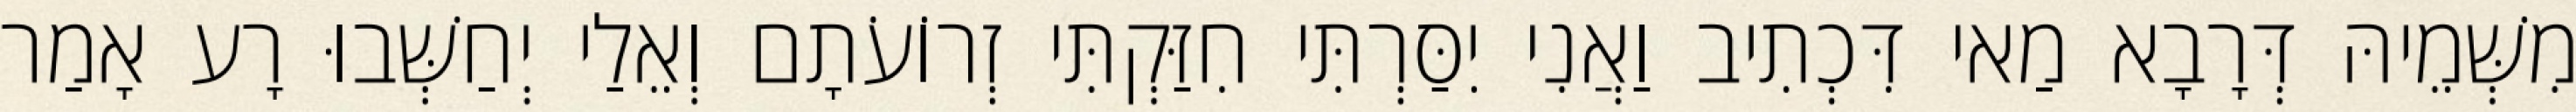
מִשְּׁמֵיהּ דְּרָבָא מַאי דִּכְתִיב וַאֲנִי יִסַּרְתִּי חִזַּקְתִּי זְרוֹעֹתָם וְאֵלַי יְחַשְּׁבוּ רָע אָמַר